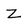
Character: Z